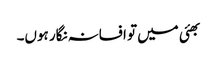
بھئی میں تو افسانہ نگار ہوں۔